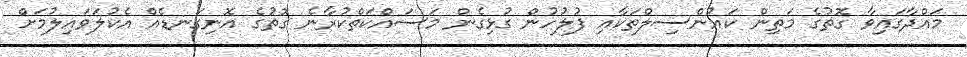
މައްދާގައިވާ ގޮތުގެ މަތިން ކައުންސިލްތަކާއި ފުލުހުން ގުޅިގެން މަސައްކަތްކުރާނެ ގޮތުގެ އޮނިގަނޑެއް އެކުލަވައިލުމަށް